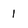
Character: i